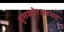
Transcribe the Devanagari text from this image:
घुसखोरअहमद